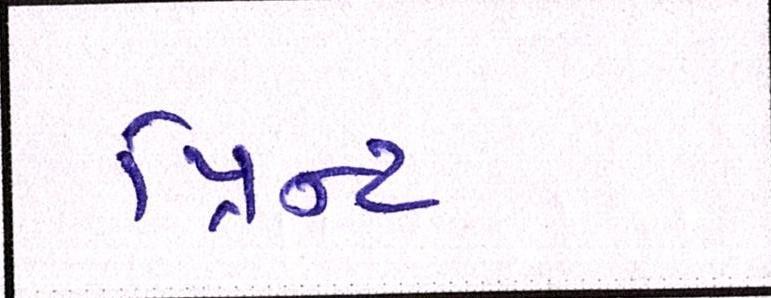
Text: પ્રિન્ટ